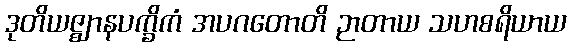
ဒုတိယဇ္ဈာနပက္ခိကံ အပဂတောတိ ဉာတာယ သဟစရိယာယ